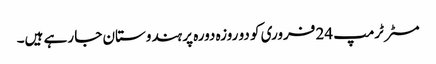
مسٹر ٹرمپ 24 فروری کو دو روزہ دورہ پر ہندوستان جا رہے ہیں۔